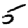
Digit: 5